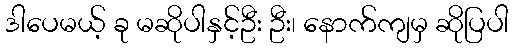
ဒါပေမယ့် ခု မဆိုပါနှင့်ဦး ဦး၊ နောက်ကျမှ ဆိုပြပါ